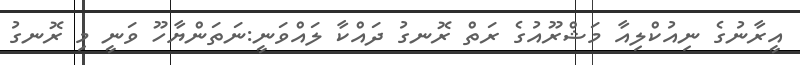
އީރާނުގެ ނިއުކްލިއާ މަޝްރޫއުގެ ރަތް ރޮނގު ދައްކާ ލައްވަނީ:ނަތަންޔާހޫ ވަނީ މި ރޮނގު